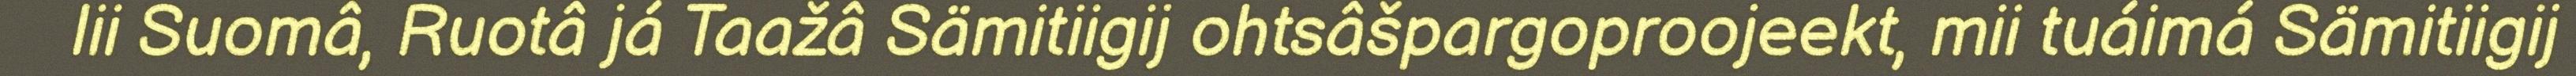
lii Suomâ, Ruotâ já Taažâ Sämitiigij ohtsâšpargoproojeekt, mii tuáimá Sämitiigij